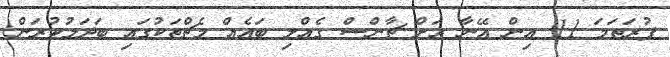
ފުރަތަމަ 11 އިން އޭނާ އަށް ޗާންސް ގެއްލި ބައެއް މެޗްތަކުގައި ބަދަލުކުރަން